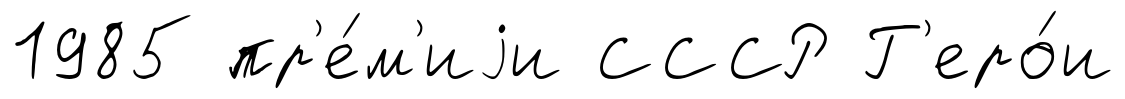
1985 пр'е́м'иjи СССР Г'еро́и